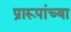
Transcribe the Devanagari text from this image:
प्रारूपांच्या